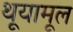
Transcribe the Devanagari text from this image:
थूयामूल